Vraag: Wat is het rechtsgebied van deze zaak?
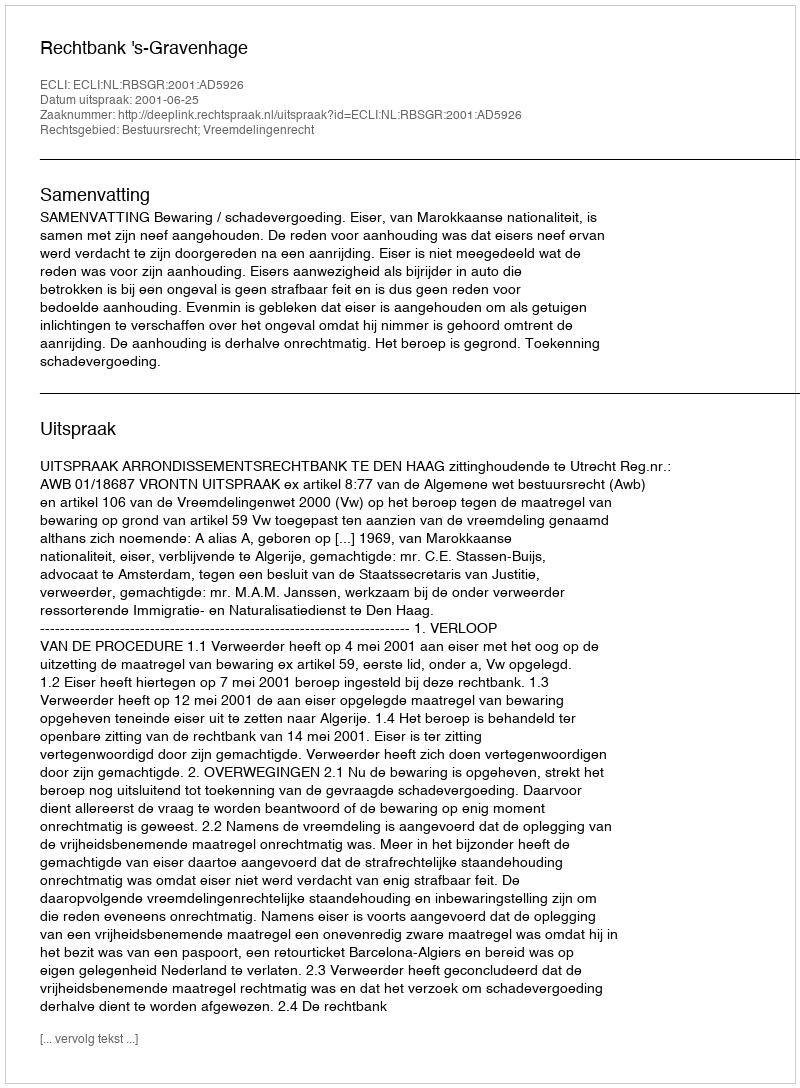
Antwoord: Bestuursrecht; Vreemdelingenrecht